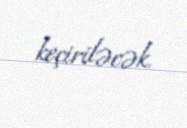
keçiriləcək.